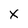
Character: X